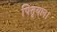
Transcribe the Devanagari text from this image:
पितृयान।